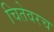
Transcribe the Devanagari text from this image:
चितेवरच